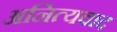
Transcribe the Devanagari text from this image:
अनित्यवाद